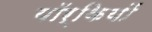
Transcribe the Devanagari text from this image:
यॉर्कियों